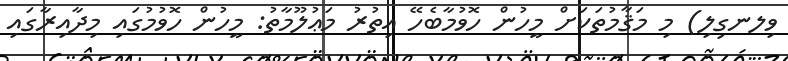
ވިލނގިލި) މި މަޤާމުތަކަށް މީހުން ހޮވުމާބެހޭ އިތުރު މަޢުލޫމާތު: މީހުން ހޮވުމުގައި މިދާއިރާގައި